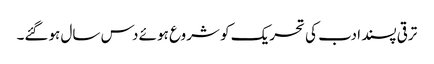
ترقی پسند ادب کی تحریک کو شروع ہوئے دس سال ہوگئے۔